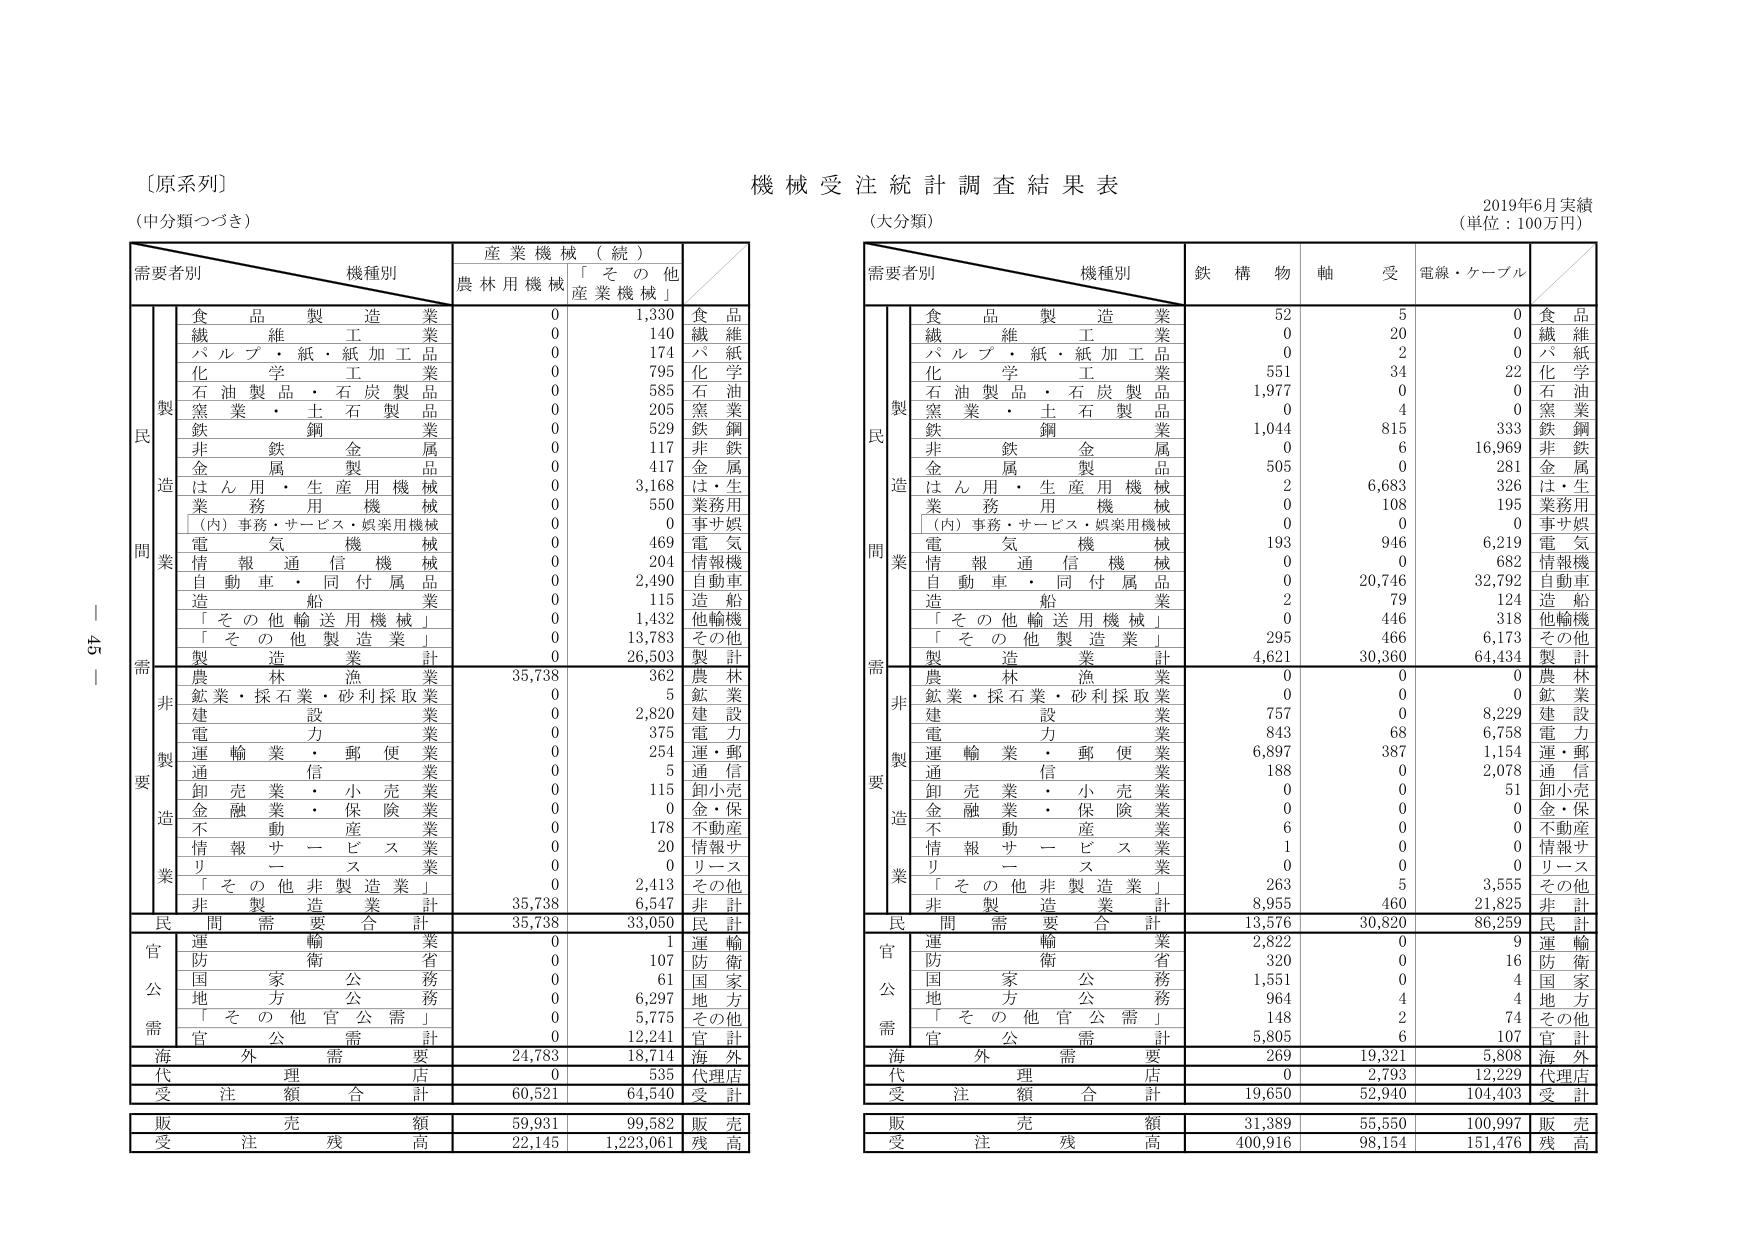
〔原系列〕
（中分類つづき）

需要者別　機種別　産業機械（続）
　　　　　　　　　農林用機械　「その他産業機械」

　　　　　　　　　　食品製造業　　　　0　　　1,330
　　　　　　　　　　繊維工業　　　　　0　　　　140
　　　　　　　　　　パルプ・紙・紙加工品　　　0　　　174
　　　　　　　　　　化学工業　　　　　0　　　　795
　　　　　　　　　　石油製品・石炭製品　　　0　　　585
　　　　　　　　　　窯業・土石製品　　　0　　　205
　　　　　　　　　　鉄鋼業　　　　　　0　　　529
　　　　　　　　　　非鉄金属業　　　　0　　　117
　　　　　　　　　　金属製品業　　　　0　　　417
　　　　　　　　　　はん用・生産用機械　　　0　　　3,168
　　　　　　　　　　業務用機械　　　　0　　　550
　　　　　　　　　　（内）事務・サービス・娯楽用機械　0　　　0
　　　　　　　　　　電気機械　　　　　0　　　469
　　　　　　　　　　情報通信機械　　　0　　　204
　　　　　　　　　　自動車・同付属品　　　0　　　2,490
　　　　　　　　　　造船業　　　　　　0　　　115
　　　　　　　　　　「その他輸送用機械」　　　0　　　1,432
　　　　　　　　　　「その他製造業」　　　0　　　13,783
　　　　　　　　　　製造業計　　　　　0　　　26,503

　　　　　　　　　　農林漁業　　　　　35,738　　　362
　　　　　　　　　　鉱業・採石業・砂利採取業　0　　　5
　　　　　　　　　　建設業　　　　　　0　　　2,820
　　　　　　　　　　電力業　　　　　　0　　　375
　　　　　　　　　　運輸業・郵便業　　　0　　　254
　　　　　　　　　　通信業　　　　　　0　　　5
　　　　　　　　　　卸売業・小売業　　　0　　　115
　　　　　　　　　　金融業・保険業　　　0　　　0
　　　　　　　　　　不動産業　　　　　0　　　178
　　　　　　　　　　情報サービス業　　　0　　　20
　　　　　　　　　　リース業　　　　　0　　　0
　　　　　　　　　　「その他非製造業」　0　　　2,413
　　　　　　　　　　非製造業計　　　　35,738　　　6,547

　　　　　　　　　　民間需要合計　　　35,738　　　33,050

　　　　　　　　　　運輸業　　　　　0　　　1
　　　　　　　　　　防衛省　　　　　0　　　107
　　　　　　　　　　国家公務　　　　0　　　61
　　　　　　　　　　地方公務　　　　0　　　6,297
　　　　　　　　　　「その他官公需」　0　　　5,775
　　　　　　　　　　官公需計　　　　0　　　12,241

　　　　　　　　　　海外需要　　　　24,783　　　18,714

　　　　　　　　　　代理店　　　　　0　　　535

　　　　　　　　　　受注額合計　　　60,521　　　64,540

　　　　　　　　　　販売額　　　　　59,931　　　99,582
　　　　　　　　　　受注残高　　　　22,145　　　1,223,061

機械受注統計調査結果表
（大分類）
2019年6月実績
（単位：100万円）

需要者別　機種別　鉄構物　軸受　電線・ケーブル

　　　　　　　　　　食品製造業　　　　52　　　5　　　0
　　　　　　　　　　繊維工業　　　　　0　　　20　　　0
　　　　　　　　　　パルプ・紙・紙加工品　0　　　2　　　0
　　　　　　　　　　化学工業　　　　　551　　　34　　　22
　　　　　　　　　　石油製品・石炭製品　1,977　　　0　　　0
　　　　　　　　　　窯業・土石製品　　　0　　　4　　　0
　　　　　　　　　　鉄鋼業　　　　　1,044　　　815　　　333
　　　　　　　　　　非鉄金属業　　　　0　　　6　　　16,969
　　　　　　　　　　金属製品業　　　505　　　0　　　281
　　　　　　　　　　はん用・生産用機械　2　　　6,683　　　326
　　　　　　　　　　業務用機械　　　　0　　　108　　　195
　　　　　　　　　　（内）事務・サービス・娯楽用機械　0　　　0　　　0
　　　　　　　　　　電気機械　　　　193　　　946　　　6,219
　　　　　　　　　　情報通信機械　　　0　　　0　　　682
　　　　　　　　　　自動車・同付属品　0　　　20,746　　　32,792
　　　　　　　　　　造船業　　　　　　2　　　79　　　124
　　　　　　　　　　「その他輸送用機械」　0　　　446　　　318
　　　　　　　　　　「その他製造業」　295　　　466　　　6,173
　　　　　　　　　　製造業計　　　　4,621　　　30,360　　　64,434

　　　　　　　　　　農林漁業　　　　　0　　　0　　　0
　　　　　　　　　　鉱業・採石業・砂利採取業　0　　　0　　　0
　　　　　　　　　　建設業　　　　　757　　　0　　　8,229
　　　　　　　　　　電力業　　　　　843　　　68　　　6,758
　　　　　　　　　　運輸業・郵便業　6,897　　　387　　　1,154
　　　　　　　　　　通信業　　　　　188　　　0　　　2,078
　　　　　　　　　　卸売業・小売業　　0　　　0　　　51
　　　　　　　　　　金融業・保険業　　0　　　0　　　0
　　　　　　　　　　不動産業　　　　　6　　　0　　　0
　　　　　　　　　　情報サービス業　　1　　　0　　　0
　　　　　　　　　　リース業　　　　　0　　　0　　　0
　　　　　　　　　　「その他非製造業」　263　　　5　　　3,555
　　　　　　　　　　非製造業計　　　8,955　　　460　　　21,825

　　　　　　　　　　民間需要合計　　　13,576　　　30,820　　　86,259

　　　　　　　　　　運輸業　　　　　2,822　　　0　　　9
　　　　　　　　　　防衛省　　　　　320　　　0　　　16
　　　　　　　　　　国家公務　　　　1,551　　　0　　　4
　　　　　　　　　　地方公務　　　　964　　　4　　　4
　　　　　　　　　　「その他官公需」　148　　　2　　　74
　　　　　　　　　　官公需計　　　　5,805　　　6　　　107

　　　　　　　　　　海外需要　　　　269　　　19,321　　　5,808

　　　　　　　　　　代理店　　　　　0　　　2,793　　　12,229

　　　　　　　　　　受注額合計　　　19,650　　　52,940　　　104,403

　　　　　　　　　　販売額　　　　　31,389　　　55,550　　　100,997
　　　　　　　　　　受注残高　　　　400,916　　　98,154　　　151,476

45－1